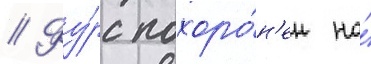
// Фу́рс похоро́н'ен на́